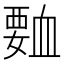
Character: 𮗅